[Report on the health of British troops in the Madras command]
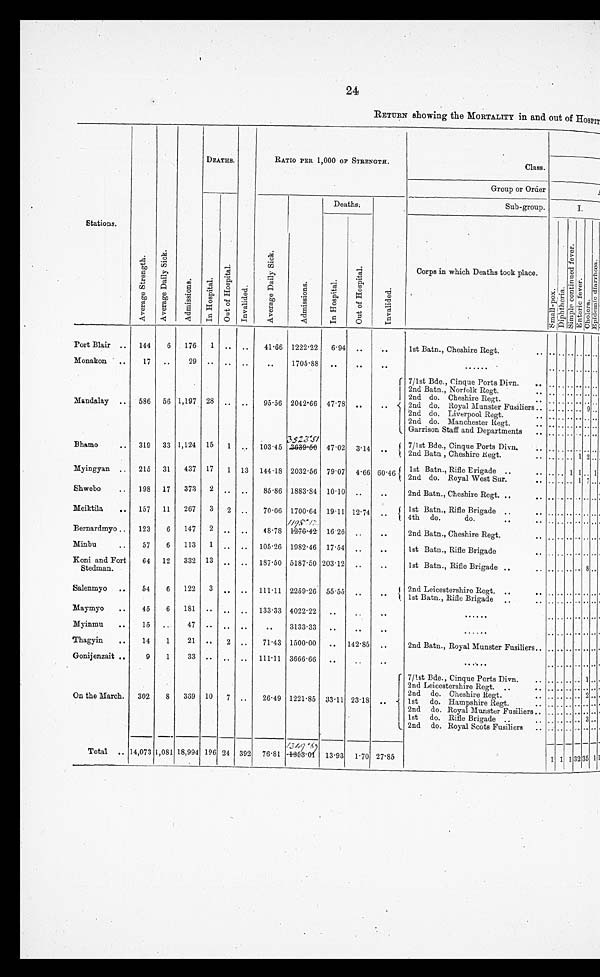
24
RETURN showing the MORTALITY in and out of HOSPIT
Stations.
A v e r a g e S t r e n g t h .
A v e r a g e D a i l y S i c k .
A d m i s s i o n s .
DEATHS.
I n v a l i d e d .
RATIO PER 1,000 OF STRENGTH.
Class.
Group or Order
I n H o s p i t a l .
O u t o f H o s p i t a l .
A v e r a g e D a i l y S i c k .
A d m i s s i o n s .
Deaths.
I n v a l i d e d .
Sub-group.
I.
I n H o s p i t a l .
O u t o f H o s p i t a l .
Corps in which Deaths took place.
Port Blair
144
6 176 1 .. ..
41.66 1222.22 6.94 ..
. .
1st Batn., Cheshire Regt.
Monakon
17 ..
29 .. .. ..
. .
1705.88 ..
. .
..
...
Mandalay
586 56 1,197 28 .. ..
95.56 2042.66 47.78 ..
. .
7/1st Bde., Cinque Ports Divn.
.. .. ..
2nd Batn., Norfolk Regt.
2nd do. Cheshi r e Regt .
2nd do. Royal Munster Fusiliers
9
2nd do. Liverpool Regt.
2nd do. Manchester Regt.
..
Garrison Staff and Departments
Bhamo
319 33 1,124 15 1
. .
103.45
3 5 2 3 . 5 1
47.02 3.14
. .
7/1st Bde., Cinque Ports Divn.
2nd Batn , Cheshire Regt.
Myingyan
215 31 437 17 1 13 144.18 2032.56 79.07 4.66 60.46 1st Batn., Rifle Erigade
1 1 1
2nd do. Royal West Sur.
Shwebo
198 17 373 2 .. ..
85.86 1883.84 10.10 ..
..
2nd Batn., Cheshire Regt.
Meiktila
157 11 267 3 2
. .
70.06 1700.64 19.11 12.74
. .
1st Batn., Rifle Brigade
4th do.
do.
Bernardmyo
123
6 147 2 .. ..
48.78
1 1 9 5 . 1 2
16.26
. .
..
2nd Batn., Cheshire Regt.
Minbu
57
6 113 1
. .
. .
105.26 1982.46 17.54
. .
. .
1st Batn., Rifle Brigade
Koni and Fort
Stedman.
64 12 332 13 .. .. 187.50 5187.50 203.12
. .
. .
1st Batn., Rifle Brigade
Salenmyo
54
6 122 3 .. .. 111.11 2259.26 55.55 ..
. .
2nd Leicestershire Regt.
1st Batn., Rifle Brigade
Maymyo
45
6 181 .. .. .. 133.33 4022.22 ..
..
..
...
Myinmu
15
. .
47
. .
.. ..
..
3133.33 ..
..
..
. . .
Thagyin
14
1
21 ..
2
. .
71.43 1500.00 .. 142.85 ..
2nd Batn., Royal Munster Fusiliers.
Gonijenzait
9
1
33 .. ..
. .
111.11 3666.66 ..
..
..
. . .
On the March. 302
8 369 10 7
. .
26.49 1221.85 33.11 23.18
. .
7/1st Bde., Cinque Ports Divn.
.. .. .. .. 1
2nd Leicestershire Regt.
2nd do. Cheshire Regt.
1st do. Hampshire Regt.
2nd do. Royal Munster Fusiliers
.. .. .. .. ..
1st do. Rifle Brigade
.. .. .. .. 3
2nd do. Royal Scots Fusiliers
Total
14,073 1,081 18,994 196 24 392 76.81
1 3 4 9 . 6 9
13.93 1.70 27.85
1 1 1 32 35